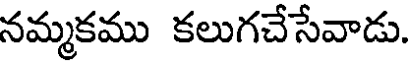
నమ్మకము కలుగచేసేవాడు.